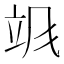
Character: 𬱻